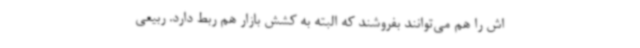
اش را هم می‌توانند بفروشند که البته به کشش بازار هم ربط دارد. ربیعی